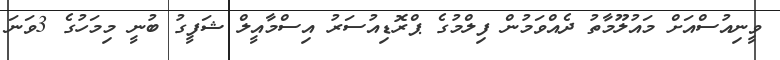
ވީނިއުސްއަށް މައުލޫމާތު ދެއްވަމުން ފިލްމުގެ ޕްރޮޑިއުސަރު އިސްމާއީލް ޝަފީގު ބުނީ މިމަހުގެ 3ވަނަ